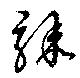
驟